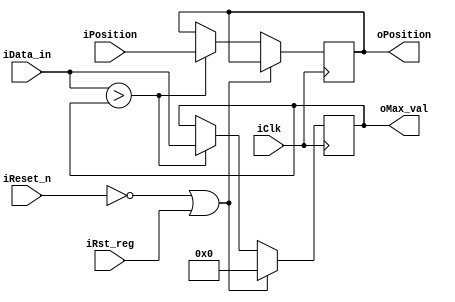
module mv_find_max	(
					//Input
					input				iClk,
					input				iReset_n,
					input				iRst_reg,
					input		[12:0]	iPosition,
					input		[31:0]	iData_in,
					//Output
					output	reg	[12:0]	oPosition,
					output	reg [31:0]	oMax_val
					);
wire	[31:0]	max;
wire			cond;
wire	[12:0]	position;

assign	cond	  =	iData_in > oMax_val;
assign	max		  =	(cond) ? iData_in : oMax_val;
assign	position =	(cond) ? iPosition : oPosition;

always @ (posedge iClk)
begin
	if (~iReset_n || iRst_reg)
		oMax_val	<=	32'b0;
	else
	begin
		oMax_val	<=	max;
		oPosition	<=	position;
	end
end

endmodule